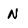
Character: N